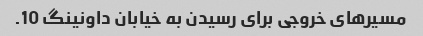
مسیرهای خروجی برای رسیدن به خیابان داونینگ 10.